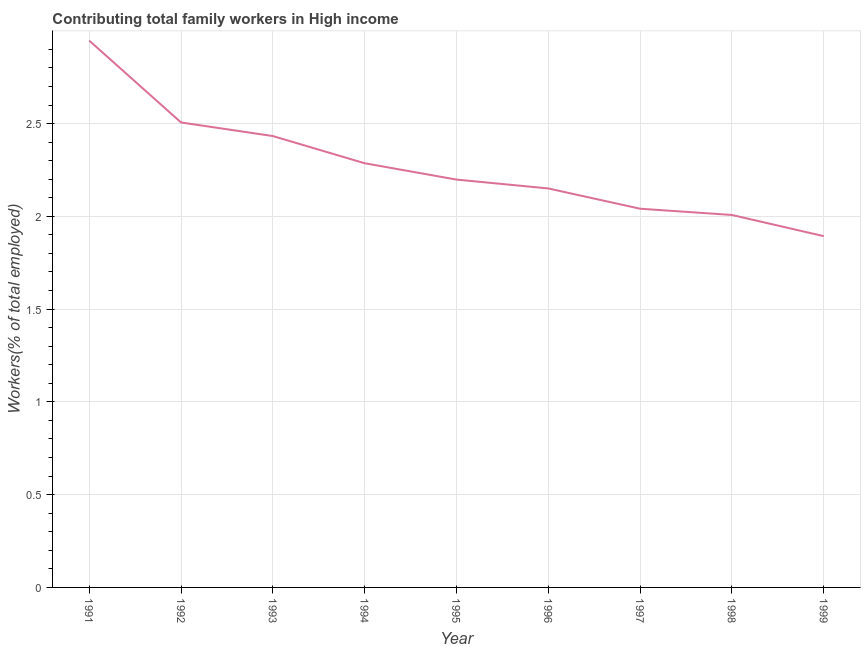
| Year | Contributing family workers |
 | --- | --- |
 | 1991 | 2.95 |
 | 1992 | 2.51 |
 | 1993 | 2.43 |
 | 1994 | 2.29 |
 | 1995 | 2.2 |
 | 1996 | 2.15 |
 | 1997 | 2.04 |
 | 1998 | 2.01 |
 | 1999 | 1.89 |